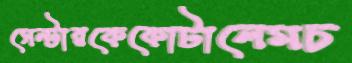
সেন্টারকেকোটালেমচ